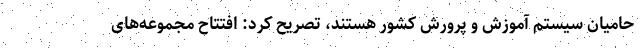
حامیان سیستم آموزش و پرورش کشور هستند، تصریح کرد: افتتاح مجموعه‌های